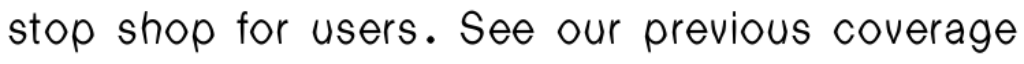
stop shop for users. See our previous coverage